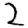
Digit: 2